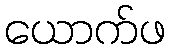
ယောက်ဖ